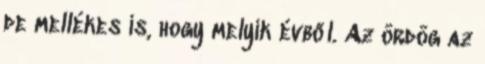
de mellékes is, hogy melyik évből. Az ördög az